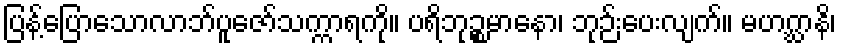
ပြန့်ပြောသောလာဘ်ပူဇော်သက္ကာရကို။ ပရိဘုဉ္စမာနော၊ ဘုဉ်းပေးလျက်။ မဟဂ္ဃာနိ၊